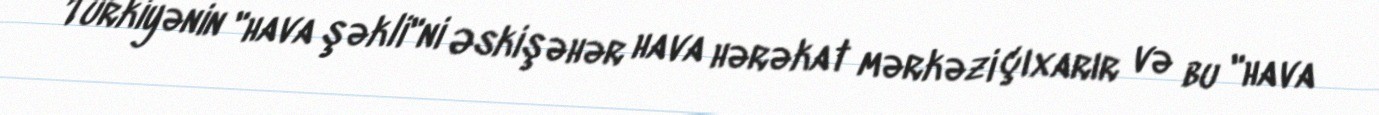
Türkiyənin "hava şəkli"ni Əskişəhər hava hərəkat mərkəzi çıxarır və bu "hava